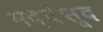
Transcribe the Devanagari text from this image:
मद्देसूद